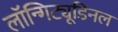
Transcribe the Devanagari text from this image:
लॉन्गिट्यूडिनल